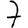
Digit: 7